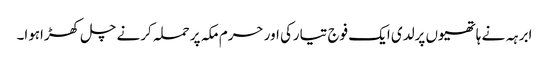
ابرہہ نے ہاتھیوں پرلدی ایک فوج تیارکی اور حرم مکہ پر حملہ کرنے چل کھڑاہوا۔